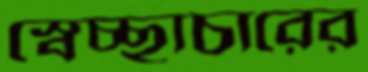
স্বেচ্ছাচারের